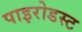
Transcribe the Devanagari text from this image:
पाइरोडस्ट